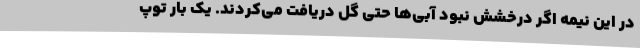
در این نیمه اگر درخشش نبود آبی‌ها حتی گل دریافت می‌کردند. یک بار توپ